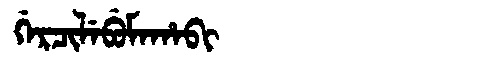
Manchu: ᡤᡝᡵᠴᡳᠯᡝᠪᡠᠮᠠᡥᠠᠪᡳ
Romanization: GERCILEBUMAHABI